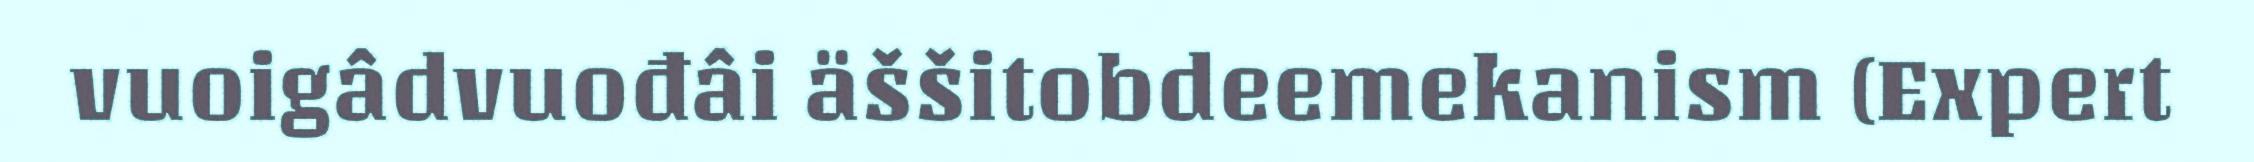
vuoigâdvuođâi äššitobdeemekanism (Expert